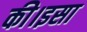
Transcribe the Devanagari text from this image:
की।इसा